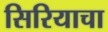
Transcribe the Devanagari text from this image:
सिरियाचा